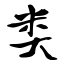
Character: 类